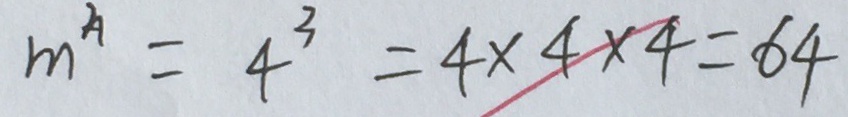
m ^ { n } = 4 ^ { 3 } = 4 \times 4 \times 4 = 6 4